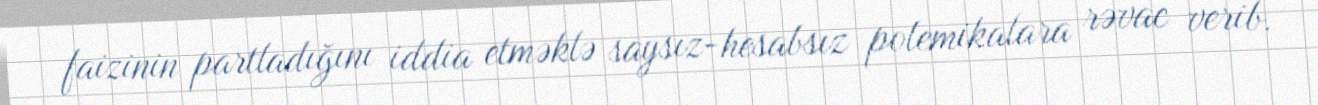
faizinin partladığını iddia etməklə saysız-hesabsız polemikalara rəvac verib.